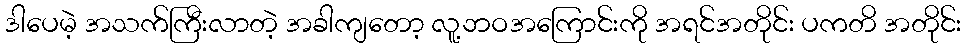
ဒါပေမဲ့ အသက်ကြီးလာတဲ့ အခါကျတော့ လူ့ဘဝအကြောင်းကို အရင်အတိုင်း ပကတိ အတိုင်း